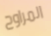
المراوح